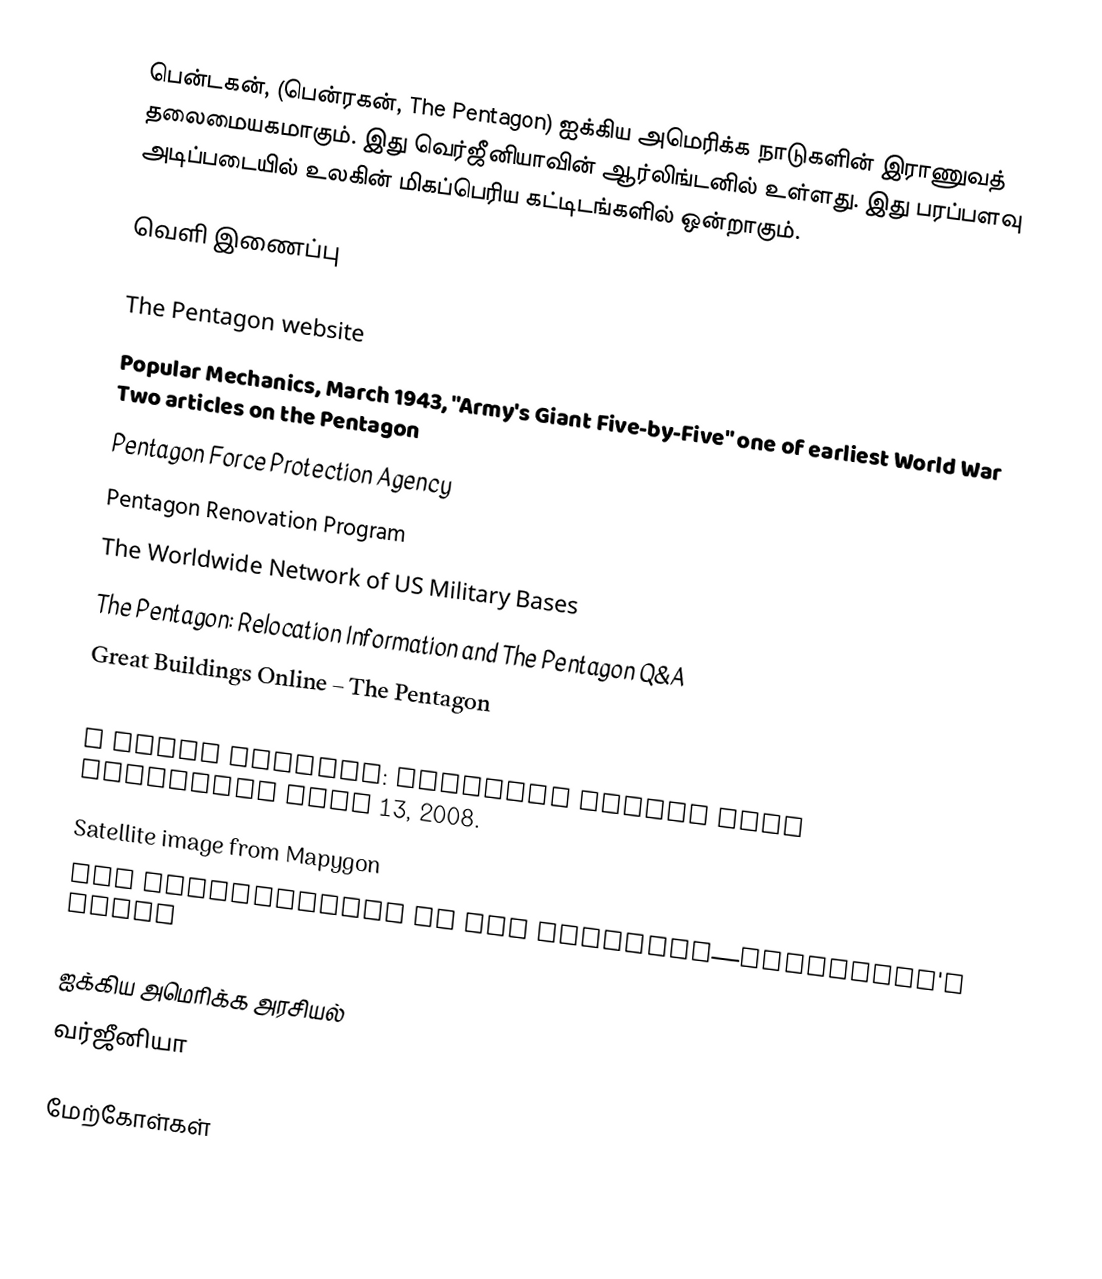
பென்டகன், (பென்ரகன், The Pentagon) ஐக்கிய அமெரிக்க நாடுகளின் இராணுவத் தலைமையகமாகும். இது வெர்ஜீனியாவின் ஆர்லிங்டனில் உள்ளது. இது பரப்பளவு அடிப்படையில் உலகின் மிகப்பெரிய கட்டிடங்களில் ஒன்றாகும்.

வெளி இணைப்பு

 The Pentagon website
 Popular Mechanics, March 1943,  "Army's Giant Five-by-Five"  one of earliest World War Two articles on the Pentagon
 Pentagon Force Protection Agency
 Pentagon Renovation Program
 The Worldwide Network of US Military Bases
 The Pentagon: Relocation Information and The Pentagon Q&A
 Great Buildings Online – The Pentagon
 How the Pentagon Got Its Shape – The Washington Post, May 26, 2007
 A House Divided: Pentagon Trivia Fact retrieved June 13, 2008.
 Satellite image from Mapygon
 The Construction of The Pentagon—Somervell's Folly

ஐக்கிய அமெரிக்க அரசியல்
வர்ஜீனியா

மேற்கோள்கள்